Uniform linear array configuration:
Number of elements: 24
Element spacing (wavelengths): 0.75
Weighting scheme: exponential
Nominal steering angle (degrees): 30
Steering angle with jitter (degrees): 30.859
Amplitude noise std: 0.05
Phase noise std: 0.05

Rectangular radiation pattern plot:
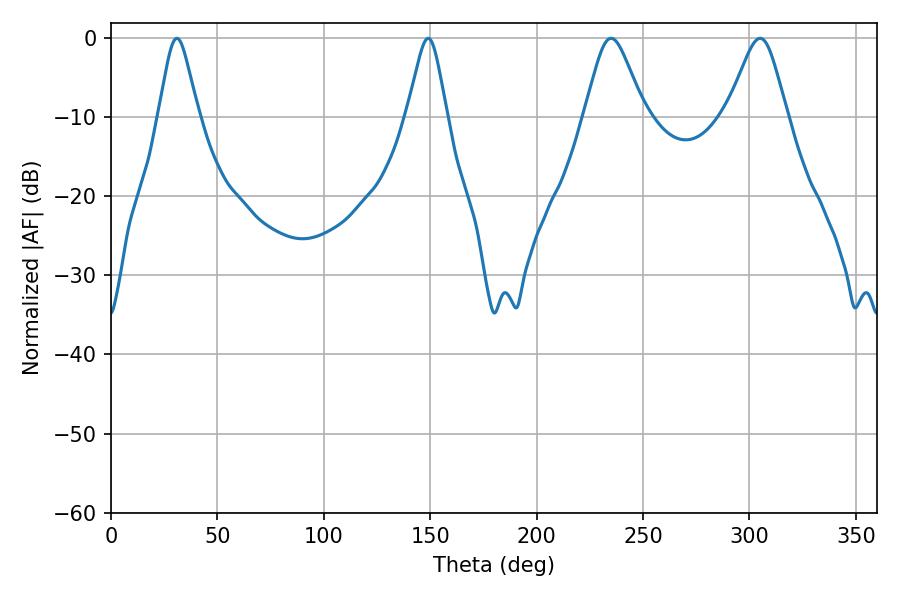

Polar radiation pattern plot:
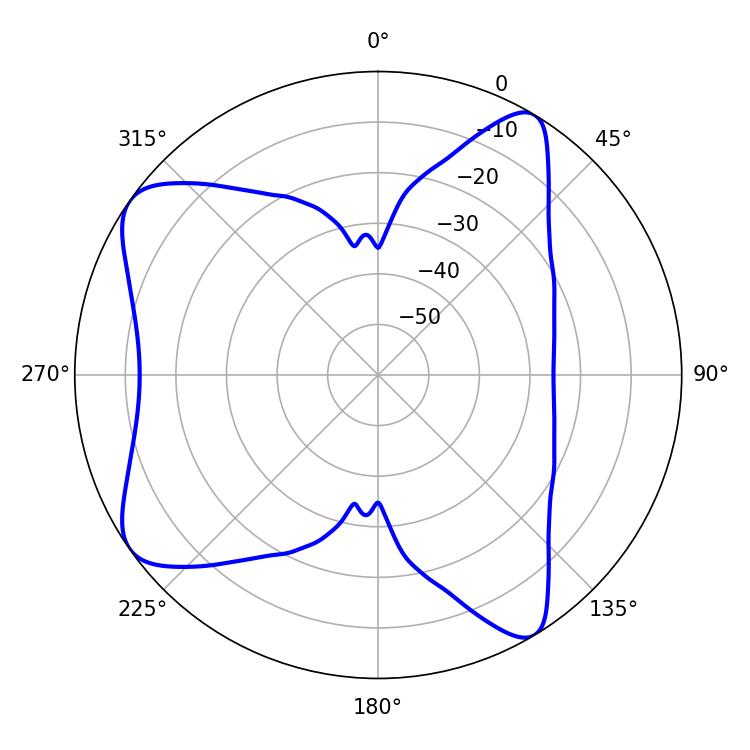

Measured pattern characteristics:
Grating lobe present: TRUE
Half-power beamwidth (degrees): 9
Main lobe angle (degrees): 30.96